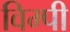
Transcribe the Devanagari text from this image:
विम्पी